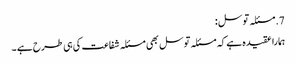
7. مسئلہ توسل :
ہمارا عقیدہ ہے کہ مسئلہ توسل بھی مسئلہ شفاعت کی ہی طرح ہے ۔